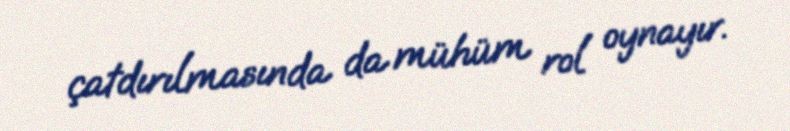
çatdırılmasında da mühüm rol oynayır.